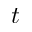
t